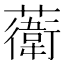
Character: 𧁮